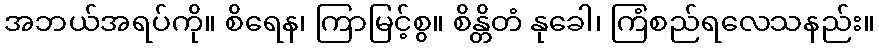
အဘယ်အရပ်ကို။ စိရေန၊ ကြာမြင့်စွ။ စိန္တိတံ နုခေါ၊ ကြံစည်ရလေသနည်း။